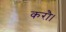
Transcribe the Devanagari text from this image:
करौ।